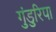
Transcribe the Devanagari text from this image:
गुंडुरिपा